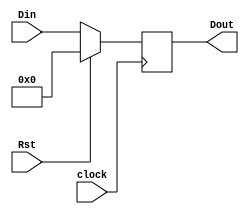
module lhn_M_reg (Din, Rst, clock, Dout);
	input [6:0] Din;
	input Rst, clock;
	output reg [6:0] Dout;
	
	always @(posedge clock)
		if (Rst==1)
			begin
				Dout = 7'b0000000; 
			end
		else Dout=Din;
endmodule